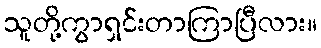
သူတို့ကွာရှင်းတာကြာပြီလား။